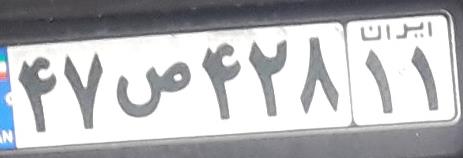
۴۷ص۴۲۸۱۱